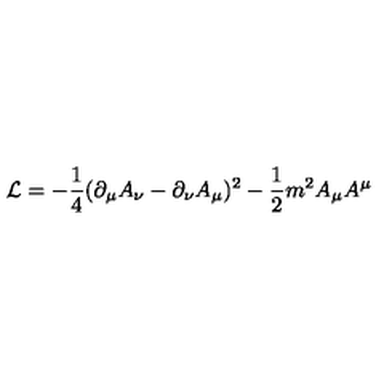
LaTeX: { \cal L } = - \frac { 1 } { 4 } ( \partial _ { \mu } A _ { \nu } - \partial _ { \nu } A _ { \mu } ) ^ { 2 } - \frac { 1 } { 2 } m ^ { 2 } A _ { \mu } A ^ { \mu }